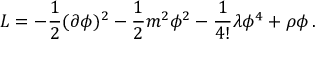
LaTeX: { \cal L } = - { \frac { 1 } { 2 } } ( \partial \phi ) ^ { 2 } - { \frac { 1 } { 2 } } m ^ { 2 } \phi ^ { 2 } - { \frac { 1 } { 4 ! } } \lambda \phi ^ { 4 } + \rho \phi \, .